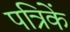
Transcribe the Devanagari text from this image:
पत्रिकें